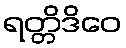
ရတ္တိဒိဝေ